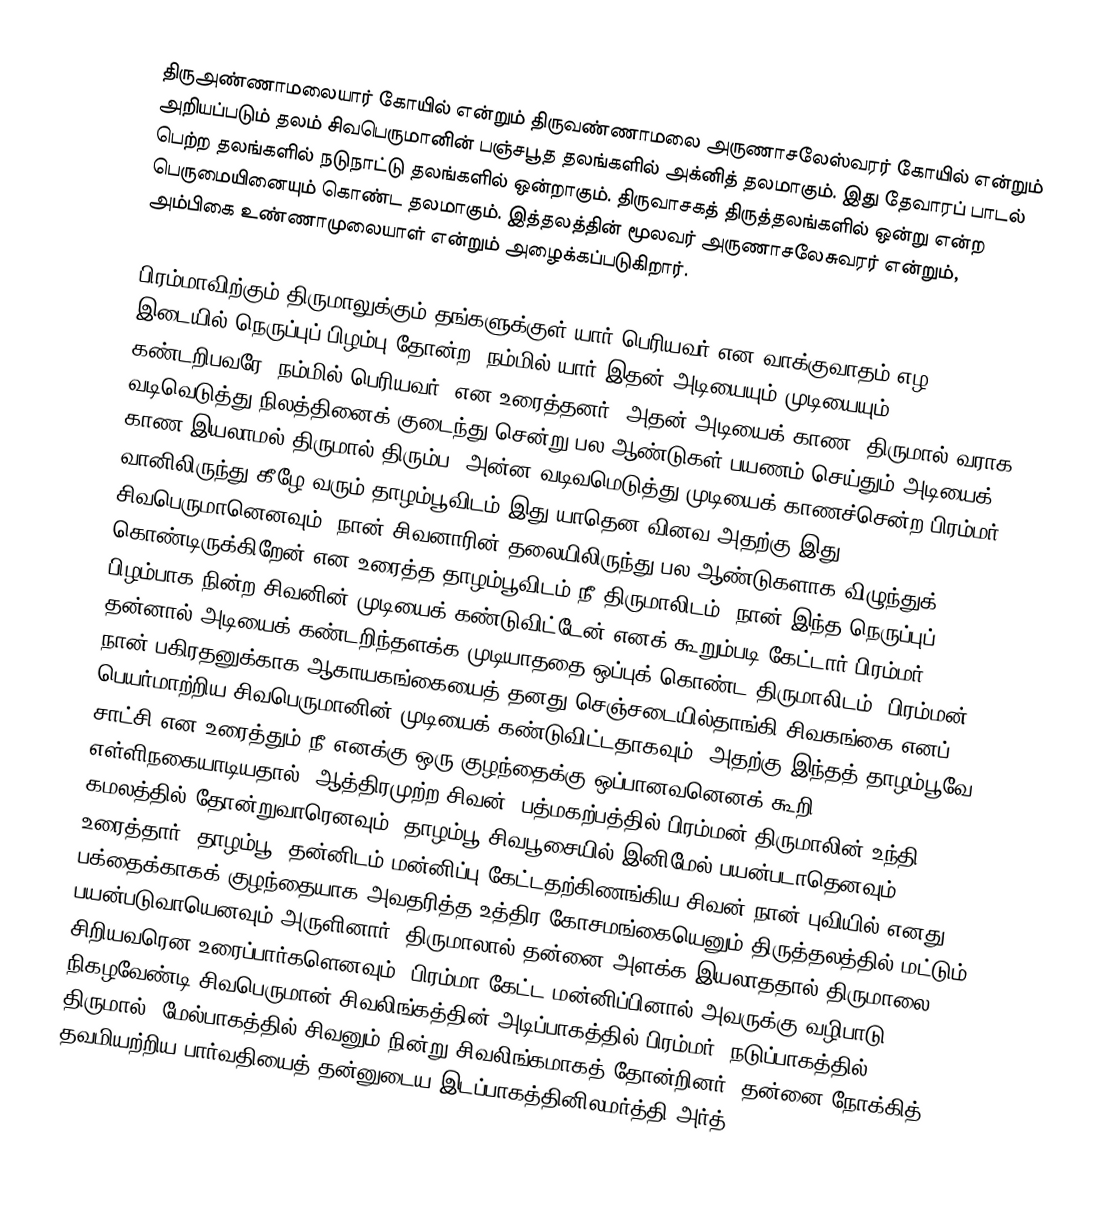
திருஅண்ணாமலையார் கோயில்  என்றும் திருவண்ணாமலை அருணாசலேஸ்வரர் கோயில் என்றும் அறியப்படும் தலம் சிவபெருமானின் பஞ்சபூத தலங்களில் அக்னித் தலமாகும். இது தேவாரப் பாடல் பெற்ற தலங்களில் நடுநாட்டு தலங்களில் ஒன்றாகும். திருவாசகத் திருத்தலங்களில் ஒன்று என்ற பெருமையினையும் கொண்ட தலமாகும். இத்தலத்தின் மூலவர் அருணாசலேசுவரர் என்றும், அம்பிகை உண்ணாமுலையாள் என்றும் அழைக்கப்படுகிறார்.

பிரம்மாவிற்கும் திருமாலுக்கும் தங்களுக்குள் யார் பெரியவர் என வாக்குவாதம் எழ, இடையில் நெருப்புப் பிழம்பு தோன்ற 'நம்மில் யார் இதன் அடியையும் முடியையும் கண்டறிபவரே, நம்மில் பெரியவர்' என உரைத்தனர். அதன் அடியைக்  காண, திருமால் வராக  வடிவெடுத்து நிலத்தினைக் குடைந்து சென்று பல ஆண்டுகள் பயணம் செய்தும் அடியைக் காண இயலாமல் திருமால் திரும்ப, அன்ன வடிவமெடுத்து முடியைக் காணச்சென்ற பிரம்மர், வானிலிருந்து கீழே வரும் தாழம்பூவிடம் இது யாதென வினவ அதற்கு இது சிவபெருமானெனவும், நான் சிவனாரின் தலையிலிருந்து பல ஆண்டுகளாக விழுந்துக் கொண்டிருக்கிறேன் என உரைத்த தாழம்பூவிடம் நீ திருமாலிடம், நான் இந்த நெருப்புப் பிழம்பாக நின்ற சிவனின் முடியைக் கண்டுவிட்டேன் எனக் கூறும்படி கேட்டார் பிரம்மர். தன்னால் அடியைக் கண்டறிந்தளக்க முடியாததை ஒப்புக் கொண்ட திருமாலிடம், பிரம்மன் நான் பகிரதனுக்காக ஆகாயகங்கையைத் தனது செஞ்சடையில்தாங்கி சிவகங்கை எனப் பெயர்மாற்றிய சிவபெருமானின் முடியைக் கண்டுவிட்டதாகவும், அதற்கு இந்தத் தாழம்பூவே சாட்சி என உரைத்தும் நீ எனக்கு ஒரு குழந்தைக்கு ஒப்பானவனெனக் கூறி எள்ளிநகையாடியதால், ஆத்திரமுற்ற சிவன், பத்மகற்பத்தில் பிரம்மன் திருமாலின் உந்தி கமலத்தில் தோன்றுவாரெனவும், தாழம்பூ சிவபூசையில் இனிமேல் பயன்படாதெனவும் உரைத்தார். தாழம்பூ, தன்னிடம் மன்னிப்பு கேட்டதற்கிணங்கிய சிவன் நான் புவியில் எனது பக்தைக்காகக் குழந்தையாக அவதரித்த உத்திர கோசமங்கையெனும் திருத்தலத்தில் மட்டும் பயன்படுவாயெனவும் அருளினார். திருமாலால் தன்னை அளக்க இயலாததால் திருமாலை சிறியவரென உரைப்பார்களெனவும், பிரம்மா கேட்ட மன்னிப்பினால் அவருக்கு வழிபாடு நிகழவேண்டி சிவபெருமான் சிவலிங்கத்தின் அடிப்பாகத்தில் பிரம்மர், நடுப்பாகத்தில் திருமால், மேல்பாகத்தில் சிவனும் நின்று சிவலிங்கமாகத் தோன்றினர். தன்னை நோக்கித் தவமியற்றிய பார்வதியைத்  தன்னுடைய இடப்பாகத்தினிலமர்த்தி  அர்த்